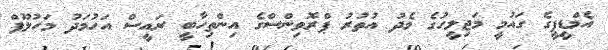
އެމްޑީޕީގެ ގައުމީ މަޖިލީހުގެ މެދު އުތުރު ޕްރޮވިންސްގެ އިންތިހާބީ ރައީސް އަހުމަދު މަހުލޫފް